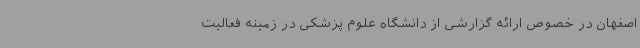
اصفهان در خصوص ارائه گزارشی از دانشگاه علوم پزشکی در زمینه فعالیت